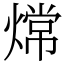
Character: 龦